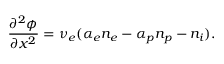
\frac { \partial ^ { 2 } \phi } { \partial x ^ { 2 } } = \nu _ { e } ( { \alpha _ { e } n _ { e } } - { \alpha _ { p } n _ { p } } - n _ { i } ) .